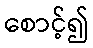
စောင့်၍